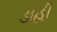
ડાહી